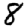
Digit: 8